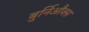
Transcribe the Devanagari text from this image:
बुर्निऔक्स